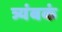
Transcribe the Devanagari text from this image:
त्र्यंबकं